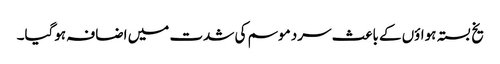
یخ بستہ ہواؤں کے باعث سرد موسم کی شدت میں اضافہ ہوگیا۔